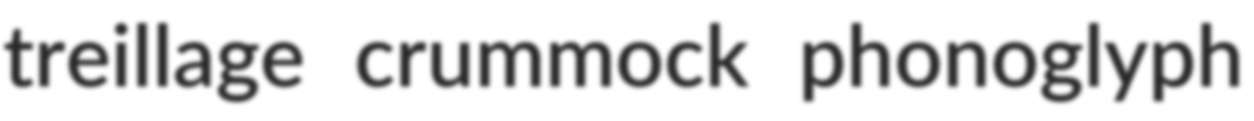
treillage crummock phonoglyph